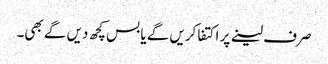
صرف لینے پر اکتفا کریں گے یا بس کچھ دیں گے بھی۔